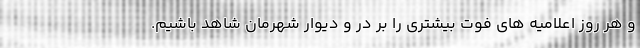
و هر روز اعلامیه های فوت بیشتری را بر در و دیوار شهرمان شاهد باشیم.